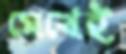
মেখেই